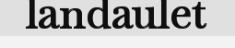
landaulet